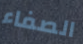
الصفاء